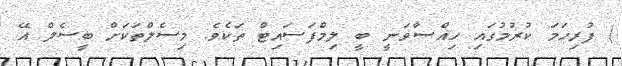
) ފުރިހަމަ ކުރުމުގައި ހިއްޞާވަނީ ބީ ލިމްފަސައިޓް ތަކެވެ. މިސެލްތަކަށް ބީސެލް އޭ